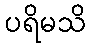
ပရိမသိ